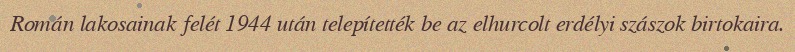
Román lakosainak felét 1944 után telepítették be az elhurcolt erdélyi szászok birtokaira.